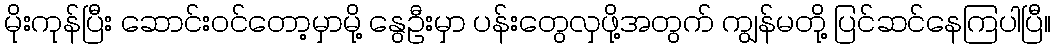
မိုးကုန်ပြီး ဆောင်းဝင်တော့မှာမို့ နွေဦးမှာ ပန်းတွေလှဖို့အတွက် ကျွန်မတို့ ပြင်ဆင်နေကြပါပြီ။